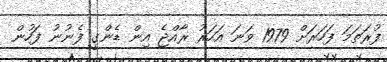
ފުރަތަމަ ފަހަރަށް 1979 ވަނަ އަހަރު ރާއްޖެ އިން ޑެންގީ ފެނުނު ފަހުން